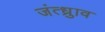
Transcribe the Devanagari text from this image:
जंत्ध्रुाव